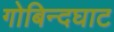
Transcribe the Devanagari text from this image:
गोबिन्दघाट